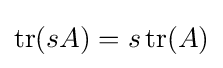
\operatorname {tr} (sA)=s\operatorname {tr} (A)